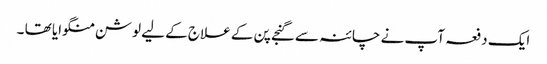
ایک دفعہ آپ نے چائنہ سے گنجے پن کے علاج کے لیے لوشن منگوایا تھا ۔